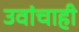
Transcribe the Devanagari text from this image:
उवांचाही